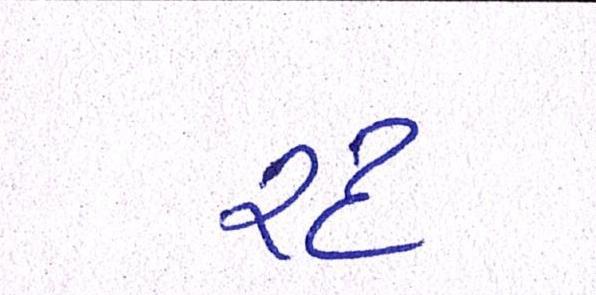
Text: રદ